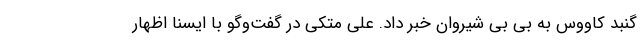
گنبد کاووس به بی بی شیروان خبر داد. علی متکی در گفت‌وگو با ایسنا اظهار